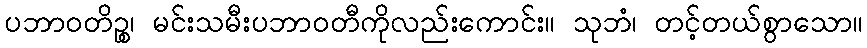
ပဘာဝတိဉ္စ၊ မင်းသမီးပဘာဝတီကိုလည်းကောင်း။ သုဘံ၊ တင့်တယ်စွာသော။